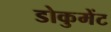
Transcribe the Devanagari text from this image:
डोकुमेंट